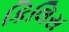
કિલિસ